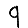
Digit: 9